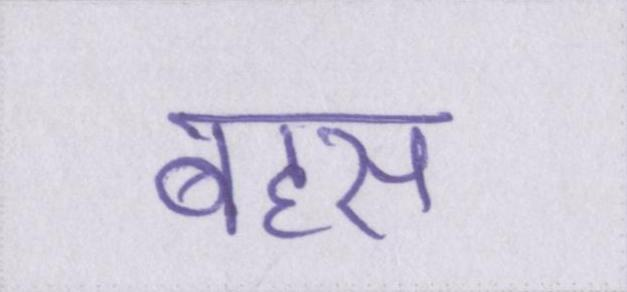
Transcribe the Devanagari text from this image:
बहस